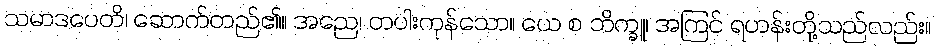
သမာဒပေတိ၊ ဆောက်တည်၏။ အညေ၊ တပါးကုန်သော။ ယေ စ ဘိက္ခူ၊ အကြင် ရဟန်းတို့သည်လည်း။